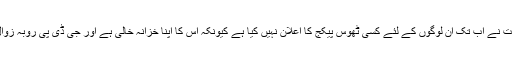
حکومت نے اب تک ان لوگوں کے لئے کسی ٹھوس پیکج کا اعلان نہیں کیا ہے کیونکہ اس کا اپنا خزانہ خالی ہے اور جی ڈی پی روبہ زوال ہے۔